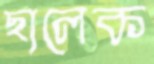
ছালেক